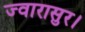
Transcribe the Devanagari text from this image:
ज्वारासुर।